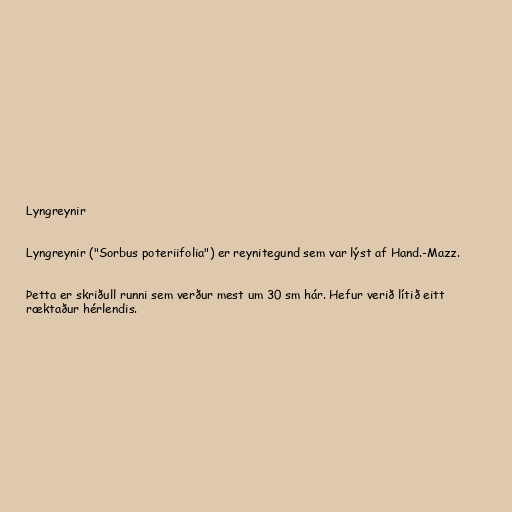
Lyngreynir

Lyngreynir ("Sorbus poteriifolia") er reynitegund sem var lýst af Hand.-Mazz.

Þetta er skriðull runni sem verður mest um 30 sm hár. Hefur verið lítið eitt
ræktaður hérlendis.